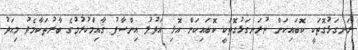
ރަނގަޅުގޮތަކީ ކޮބައިކަން ނުރަނގަޅުގޮތަކީ ކޮބައިކަން އޮޅި އަދުލު އިންސާފު ޤާއިމްކުރުމުގެ ބާރުތަކާމެދު މިއަދު